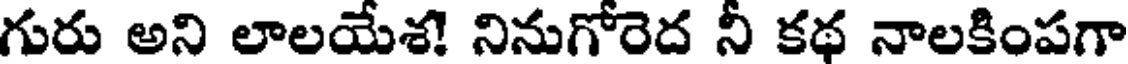
గురు అని లాలయేశ! నినుగోరెద నీ కథ నాలకింపగా